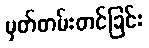
မှတ်တမ်းတင်ခြင်း